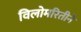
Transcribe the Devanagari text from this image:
विलोमरितीने